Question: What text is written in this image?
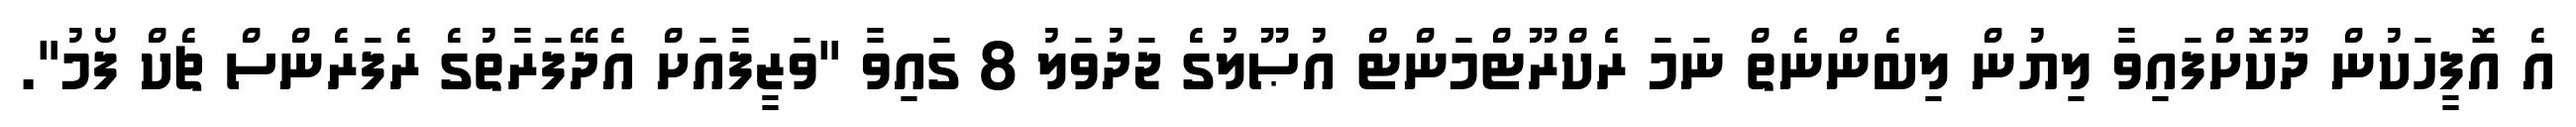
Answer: އެ އޮފީހަކުން ދޫކޮށްފައިވާ ލިޔުން ލިބެންނެތް ނަމަ ރެކްރޫޓްމަންޓް އުޞޫލުގެ ޖަދުވަލު 8 ގައިވާ "ވަޒީފާއަށް އެދޭފަރާތުގެ ރެފަރެންސް ޗެކް ފޯމު".